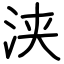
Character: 浃